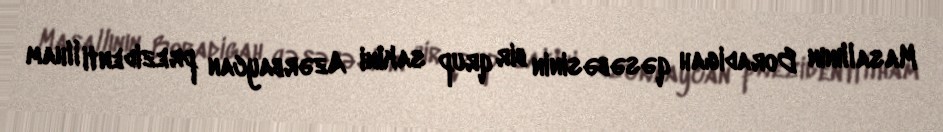
Masallının Boradigah qəsəbəsinin bir qrup sakini Azərbaycan prezidenti İlham